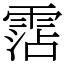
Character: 霑